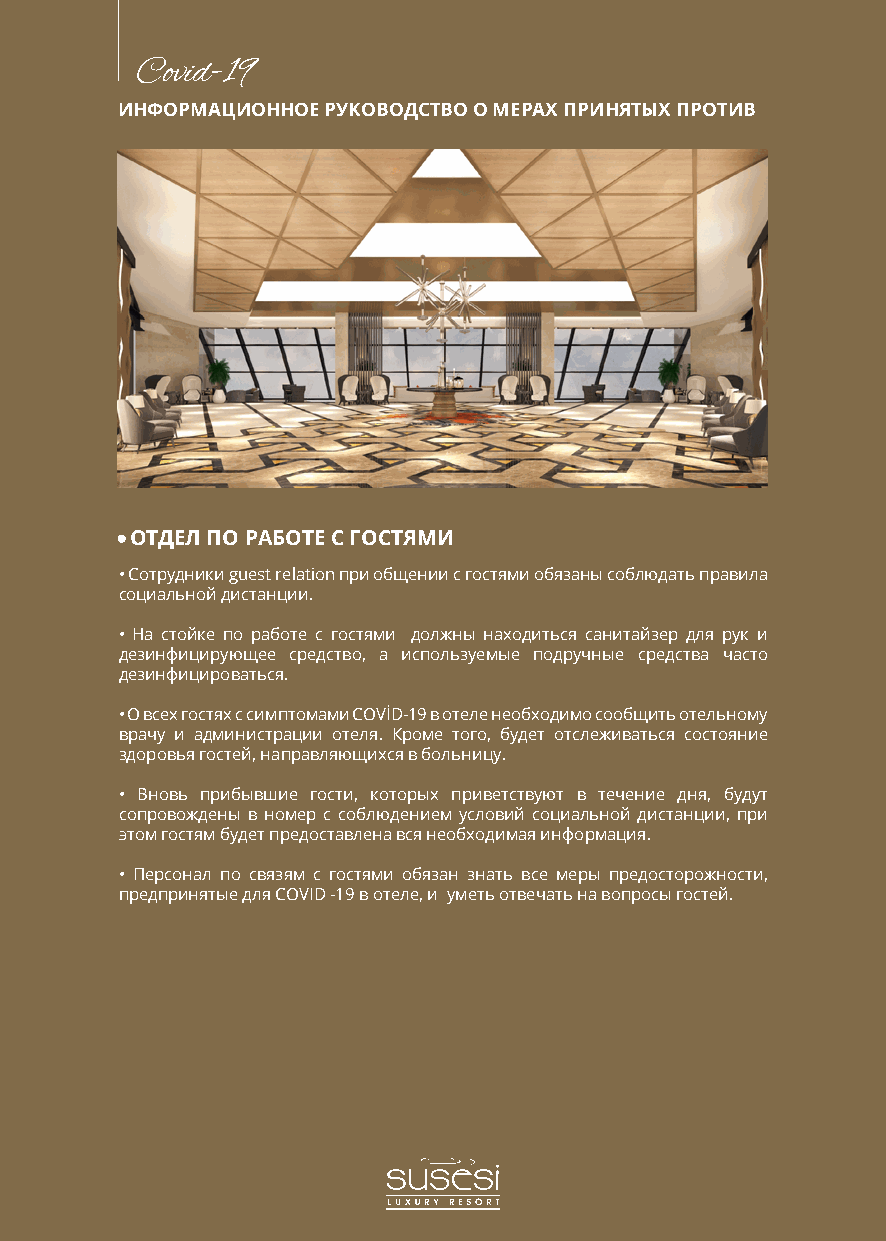
Covid-19
 ИНФОРМАЦИОННОЕ РУКОВОДСТВО О МЕРАХ ПРИНЯТЫХ ПРОТИВ
 ОТДЕЛ ПО РАБОТЕ С ГОСТЯМИ
 • Сотрудники guest relation при общении с гостями обязаны соблюдать правила
 социальной дистанции.
 • На стойке по работе с гостями должны находиться санитайзер для рук и
 дезинфицирующее средство, а используемые подручные средства часто
 дезинфицироваться.
 • О всех гостях с симптомами COVİD-19 в отеле необходимо сообщить отельному
 врачу и администрации отеля. Кроме того, будет отслеживаться состояние
 здоровья гостей, направляющихся в больницу.
 • Вновь прибывшие гости, которых приветствуют в течение дня, будут
 сопровождены в номер с соблюдением условий социальной дистанции, при
 этом гостям будет предоставлена вся необходимая информация.
 • Персонал по связям с гостями обязан знать все меры предосторожности,
 предпринятые для COVID -19 в отеле, и уметь отвечать на вопросы гостей.